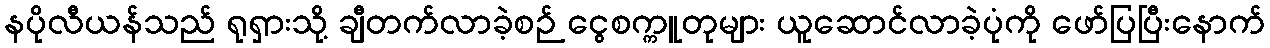
နပိုလီယန်သည် ရုရှားသို့ ချီတက်လာခဲ့စဉ် ငွေစက္ကူတုများ ယူဆောင်လာခဲ့ပုံကို ဖော်ပြပြီးနောက်